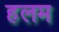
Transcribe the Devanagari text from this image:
हलम